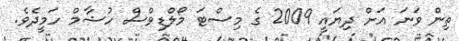
ތިން ވަނަ އަށް ދިޔައީ 2009 ގެ މިސްޓަ މޯލްޑިވްސް ހުޝާމް ހަމީދެވެ.